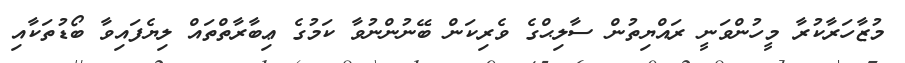
މުޒާހަރާކުރާ މީހުންވަނީ ރައްޔިތުން ސާލިޙްގެ ވެރިކަން ބޭނުންނުވާ ކަމުގެ ޢިބާރާތްތައް ލިޔެފައިވާ ބޯޑުތަކާއި